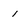
Character: 1